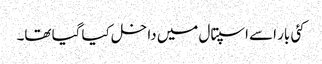
کئی بار اسے اسپتال میں داخل کیا گیا تھا۔